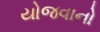
યોજવાનો